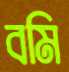
বমি